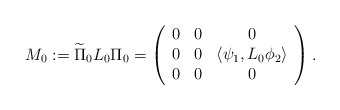
\begin{align*}M_0:=\widetilde\Pi_0 L_0\Pi_0=\left(\begin{array}{ccc}0 & 0 & 0\\0 & 0 & \left<\psi_1,L_0\phi_2\right>\\0 & 0 & 0\end{array}\right).\end{align*}